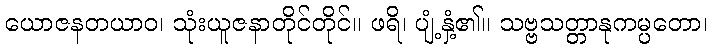
ယောဇနတယာဝ၊ သုံးယူဇနာတိုင်တိုင်။ ဖရိ၊ ပျံ့နှံ့၏။ သဗ္ဗသတ္တာနုကမ္ပတော၊